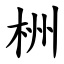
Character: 栦